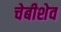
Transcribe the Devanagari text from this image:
चेबीशेव